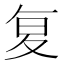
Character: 复